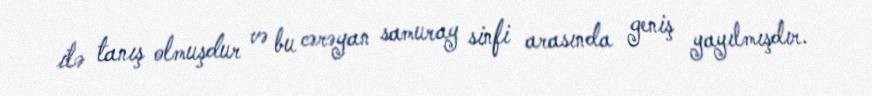
ilə tanış olmuşdur və bu cərəyan samuray sinfi arasında geniş yayılmışdır.